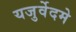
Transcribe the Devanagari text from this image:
यजुर्वेदमे